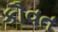
કૌવત